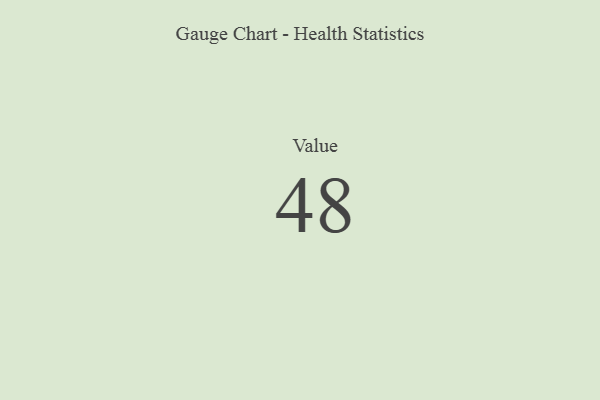
{"axis": {"x": "Metric", "y": "Value"}, "legend": [""], "data": [{"x": "Value", "y": 48, "type": ""}]}